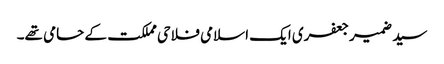
سید ضمیر جعفری ایک اسلامی فلاحی مملکت کے حامی تھے۔